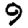
Digit: 9